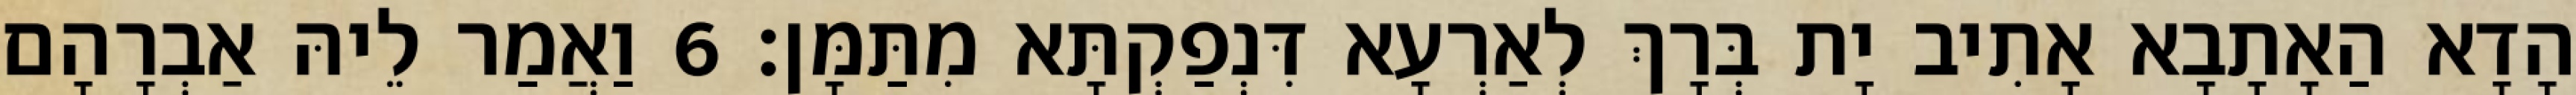
הָדָא הַאָתָבָא אָתִיב יָת בְּרָךְ לְאַרְעָא דִּנְפַקְתָּא מִתַּמָּן׃ 6 וַאֲמַר לֵיהּ אַבְרָהָם